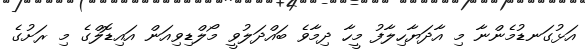
އަޅުގަނޑުމެންނާ މި އާދަޔާހިލާފު މީހާ ދިމާވެ ބައްދަލުވީ މޯލްޑިވިއަން އައިޑޮލްގެ މި ރަށުގެ